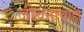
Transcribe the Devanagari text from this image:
जीवनाचाही